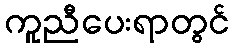
ကူညီပေးရာတွင်